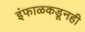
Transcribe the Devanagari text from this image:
इंफाळकडूनही